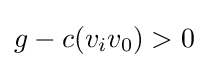
g-c(v_{i}v_{0})>0